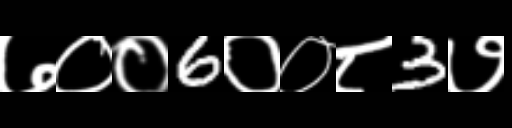
Text: ७००6००८3७